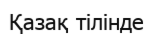
Қазақ тілінде